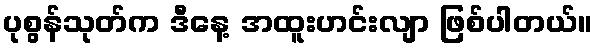
ပုစွန်သုတ်က ဒီနေ့ အထူးဟင်းလျာ ဖြစ်ပါတယ်။